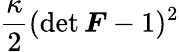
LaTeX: \frac{\kappa}{2}(\operatorname*{det}\boldsymbol{F}-1)^{2}